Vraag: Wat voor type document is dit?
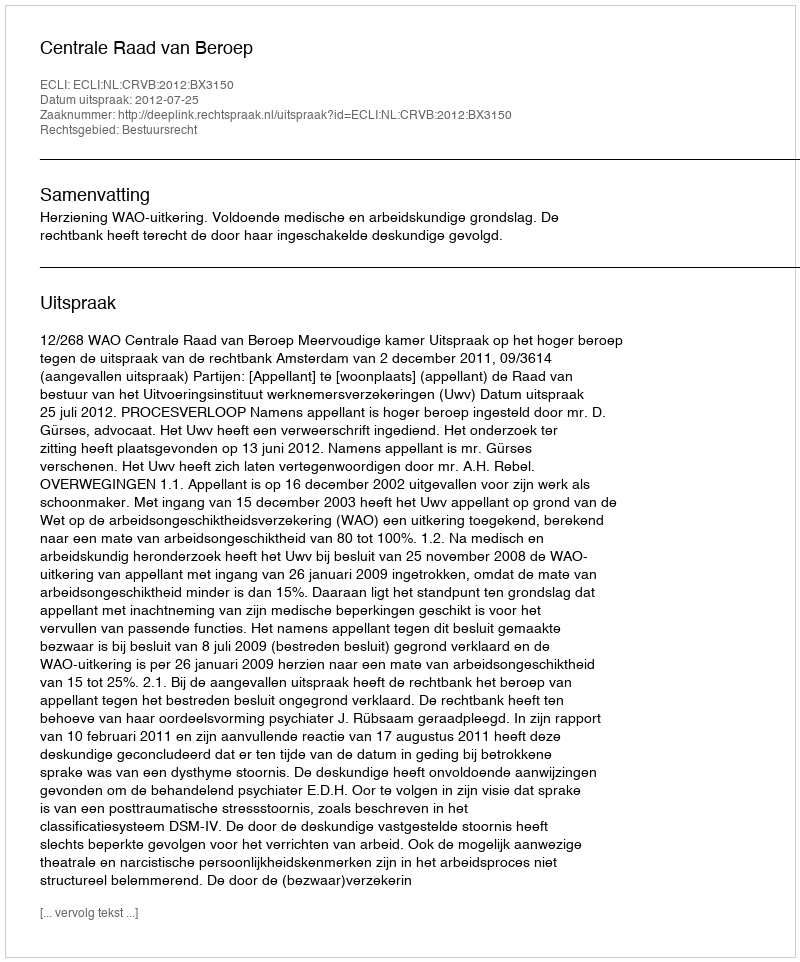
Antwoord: Uitspraak